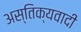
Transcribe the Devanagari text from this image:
अस्तिक्यवादी